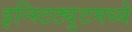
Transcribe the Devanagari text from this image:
इन्स्टिट्युटमध्ये